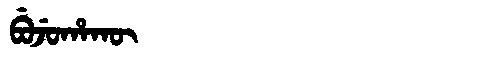
Manchu: ᠪᡠᠵᡠᡥᠠᡴᡡ
Romanization: BUJUHAKŪ